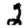
Digit: 2